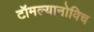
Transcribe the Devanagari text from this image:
टॉमल्यानोविच